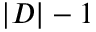
| D | - 1